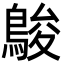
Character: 鵔